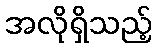
အလိုရှိသည့်